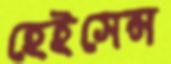
হেইসেন্স